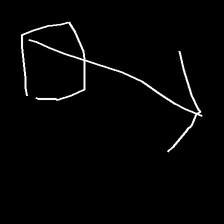
Glyph: focus